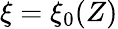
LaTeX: \xi=\xi_{0}(Z)